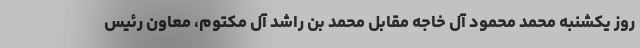
روز یکشنبه محمد محمود آل خاجه مقابل محمد بن راشد آل مکتوم، معاون رئیس